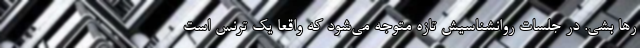
رها بشی. در جلسات روانشناسیش تازه متوجه می‌شود که واقعا یک ترنس است